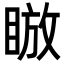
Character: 𪾰